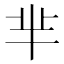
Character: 芈